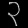
Digit: ၃